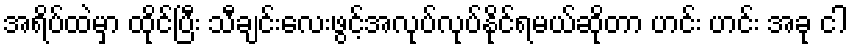
အရိပ်ထဲမှာ ထိုင်ပြီး သီချင်းလေးဖွင့်အလုပ်လုပ်နိုင်ရမယ်ဆိုတာ ဟင်း ဟင်း အခု ငါ